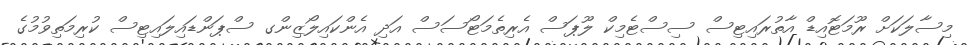
މިސާލަކަށް ރޫމަޓޮއިޑް އާތުރައިޓިސް ސިސްޓެމިކް ލޫޕަސް އެރިތެމަޓޯސަސް އަދި އެންކައިލޯޒިންގ ސްޕަންޑައިލައިޓިސް ކުރިމަތިވުމުގެ